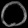
Digit: ၀